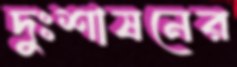
দুঃশাষনের